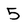
Character: 5